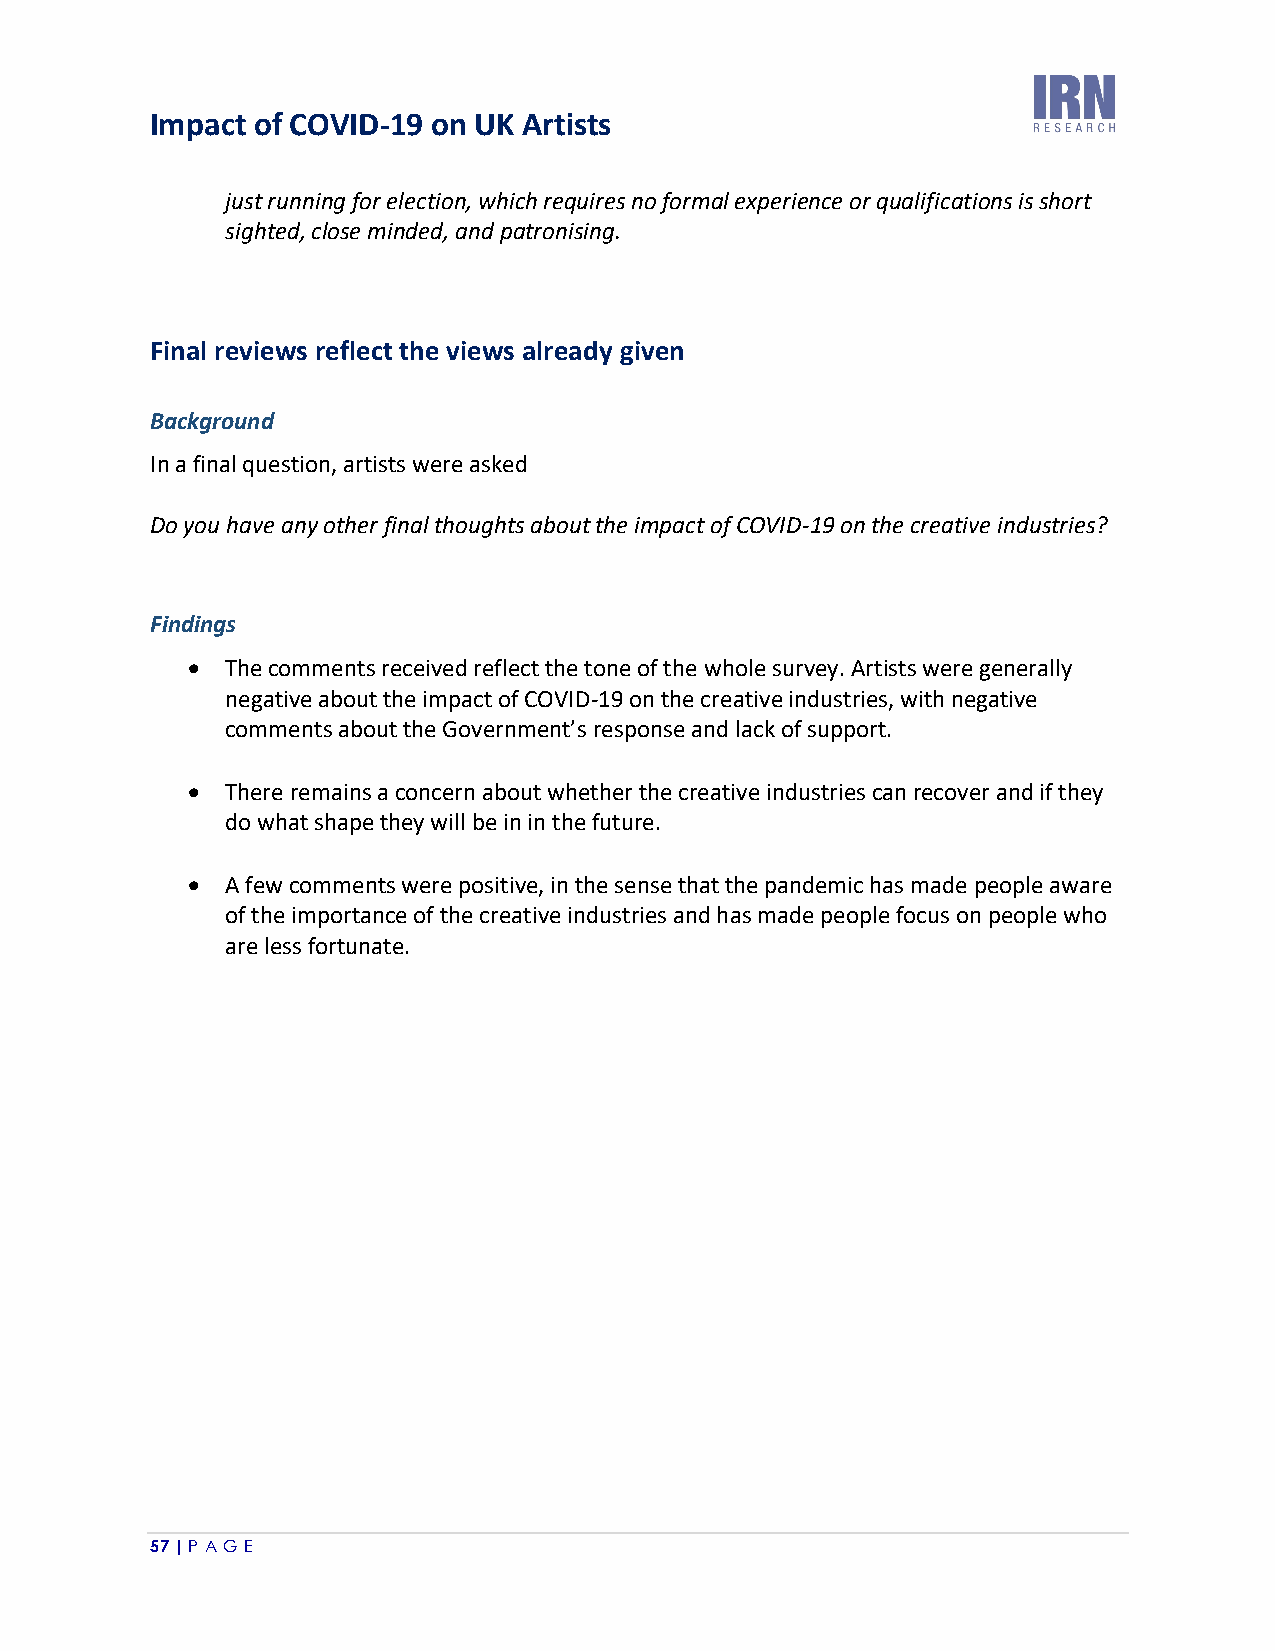
Impact of COVID-19 on UK Artists
 just running for election, which requires no formal experience or qualifications is short
 sighted, close minded, and patronising.
 Final reviews reflect the views already given
 Background
 In a final question, artists were asked
 Do you have any other final thoughts about the impact of COVID-19 on the creative industries?
 Findings
 •  The comments received reflect the tone of the whole survey. Artists were generally
 negative about the impact of COVID-19 on the creative industries, with negative
 comments about the Government’s response and lack of support.
 •  There remains a concern about whether the creative industries can recover and if they
 do what shape they will be in in the future.
 •  A few comments were positive, in the sense that the pandemic has made people aware
 of the importance of the creative industries and has made people focus on people who
 are less fortunate.
 57 | P A GE